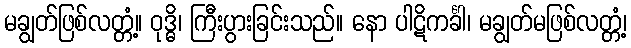
မချွတ်ဖြစ်လတ္တံ့။ ဝုဒ္ဓိ၊ ကြီးပွားခြင်းသည်။ နော ပါဋိကင်္ခါ၊ မချွတ်မဖြစ်လတ္တံ့၊